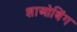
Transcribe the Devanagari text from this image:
शाओबिंग